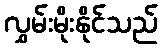
လွှမ်းမိုးနိုင်သည်